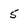
Character: 5